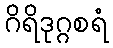
ဂိရိဒုဂ္ဂစရံ